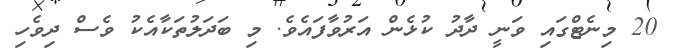
20 މިނެޓްގައި ވަނީ ދާދު ކުޅެން އަރުވާފައެވެ. މި ބަދަލުތަކާއެކު ވެސް ދިވެހި